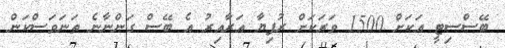
ބޭސްސިޓީ އަކަށް 1500 ވަރަކަށް ރުފިޔާ އަރާއިރު އެ ބޭސް ގަންނާނެ ތަނަވަސްކަން